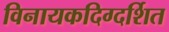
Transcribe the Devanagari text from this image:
विनायकदिग्दर्शित